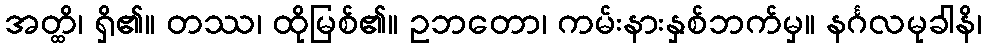
အတ္ထိ၊ ရှိ၏။ တဿ၊ ထိုမြစ်၏။ ဥဘတော၊ ကမ်းနားနှစ်ဘက်မှ။ နင်္ဂလမုခါနိ၊